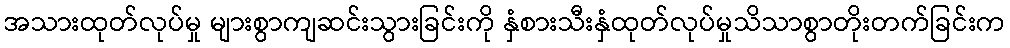
အသားထုတ်လုပ်မှု များစွာကျဆင်းသွားခြင်းကို နှံစားသီးနှံထုတ်လုပ်မှုသိသာစွာတိုးတက်ခြင်းက